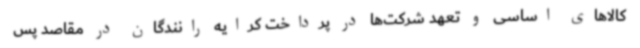
کالاهای اساسی و تعهد شرکت‌ها در پرداخت کرایه رانندگان در مقاصد پس